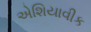
એશિયાવીક